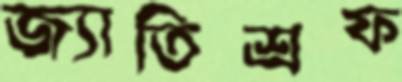
জ্যাতিশ্রফ